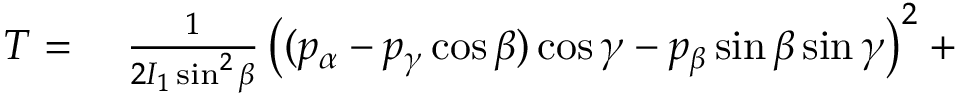
\begin{array} { r l } { T = { } } & { { } { \frac { 1 } { 2 I _ { 1 } \sin ^ { 2 } \beta } } \left( ( p _ { \alpha } - p _ { \gamma } \cos \beta ) \cos \gamma - p _ { \beta } \sin \beta \sin \gamma \right) ^ { 2 } + { } } \end{array}